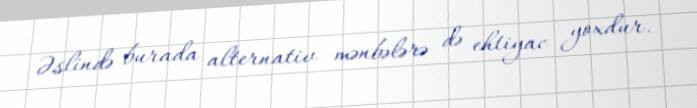
Əslində burada alternativ mənbələrə də ehtiyac yoxdur.